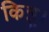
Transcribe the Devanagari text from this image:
किन्नू।